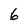
Character: 6